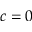
c = 0